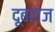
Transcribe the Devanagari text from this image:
दूबराज